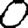
Digit: 0